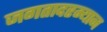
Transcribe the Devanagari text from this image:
जगतादरम्यान